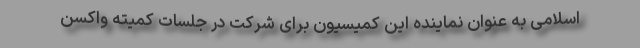
اسلامی به عنوان نماینده این کمیسیون برای شرکت در جلسات کمیته واکسن